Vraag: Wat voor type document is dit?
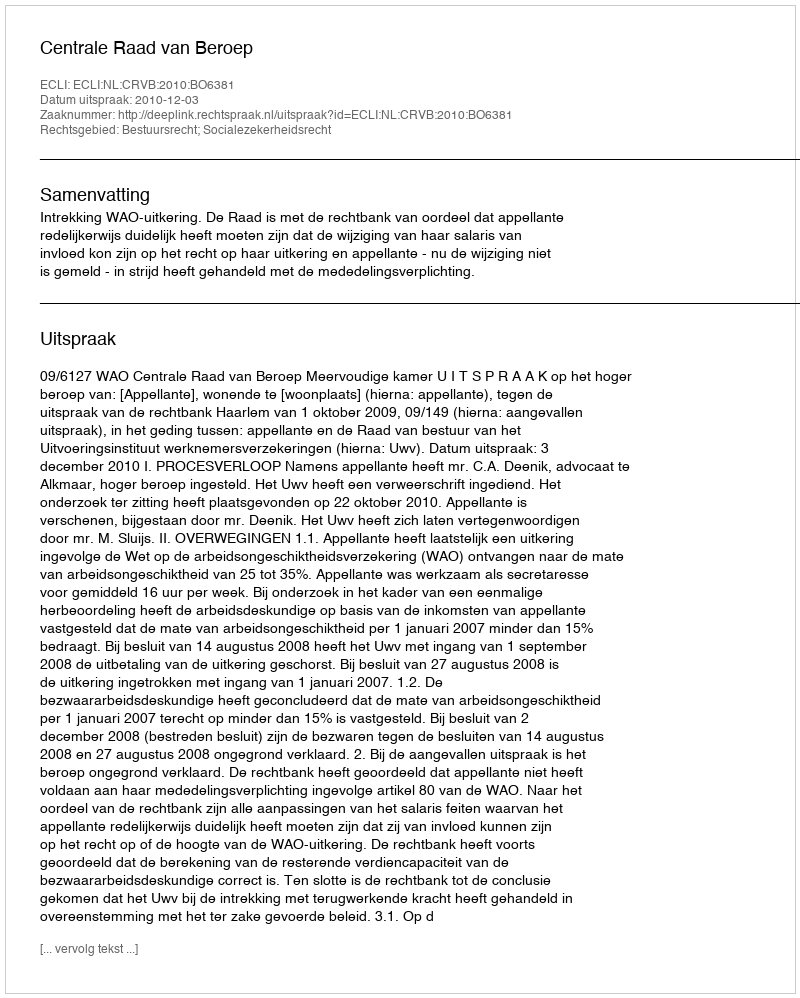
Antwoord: Uitspraak